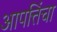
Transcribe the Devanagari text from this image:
आपत्तिंचा